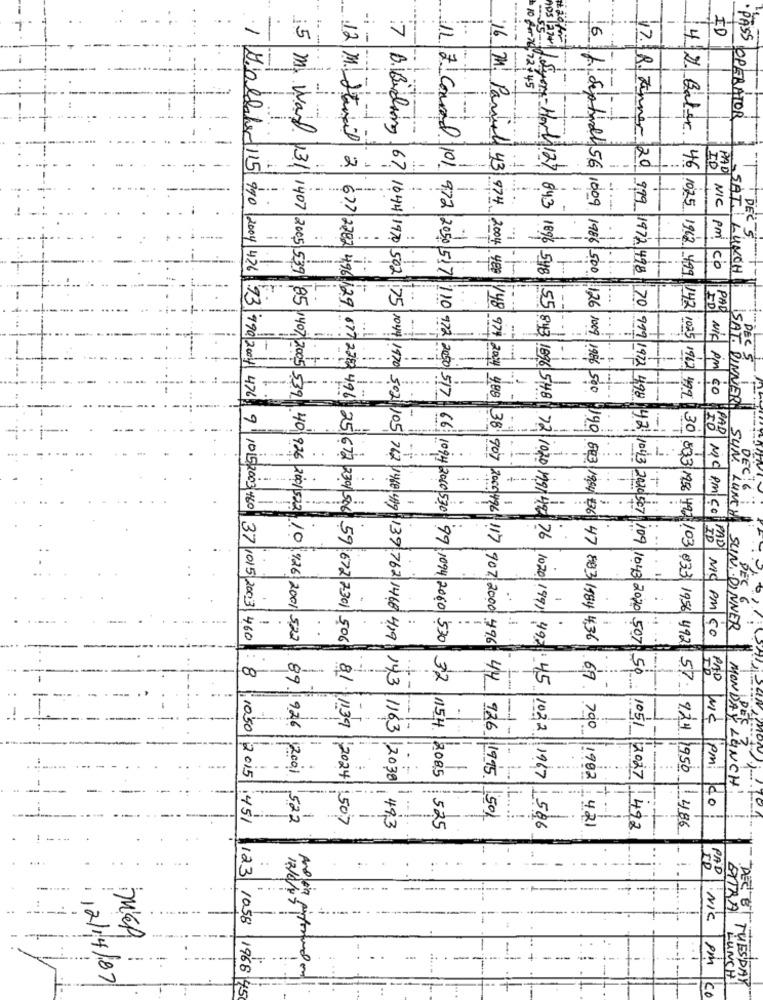
1
.
ID
-i -
6
10 for 70, 72:45
Syer
16 MM. Par
·PASS OPERATOR
4-2 Bater
12 M Itemail
11 7 Conrad
-Hort 127
17.18 Finner 20
46
I'D
PAD
4l 43 974
84.3
1025
-
DEC 5
2004 400
1896 548
Lisepbirdy 56 1009 1986 500
1968 499
NIC Pm CO
SAT. LUNCH
979 1972 498 70
PA
126
142
ED
1009
..
/48 974
DECS
NIC PM CO
:5 m. Ward 131 1407 2005 539 85 1407 2005 539
55 843 1896 548
1025 1962 499
SAT. DINNER!
--
IO
PAD
..
EL S
SUN.
-
DECH
30 533 1956
..
LUNCH
MC PMICOLLAR
DEC
49 /03 833 1956
MIC PM CO
SLIN DINNER
1 Bioldaher15 990 2004 426 93 990 2004 476 9 1015. 2003 460 37 1015 2003 460
40 926 2001 502 10 426 2001 522
979 1972 498 42 1043 2020 507 109 1043 2020 507
2. 677 2782 4,96 129 677 2710 496 25 672 239/ 506 59|672 7301 506
-.
8
50
PAD
+ -
101 972 2050 5.7 110 972 2050 517 66: 1094 200 530 99 1094 2060 530 32
492 57
..
-
-
MONDAY
NIC
-
-
924 1950
89 1926 2001
1154 /2085
1
-
KES LUNCH
pmi ko
-
522
38 907 2055 496 117 907 2000 496 44 926 1995 501
11050|2015 :451
81 1:39 2024 507
7 B.Buiding. 67 10:44 1970 502 :75 104 1970 5:02 /05 762 1460 49 139 762 1468 419 143 1163 2030 493
525
72 1020 179 49 76 1020 1991 492 45 1022 1967 1586
1986 500 190 863 1984 $36 47 883 1984 4,36 69 700 1982 421
1051 2027 492
486
PAD
ATTRA
NIC
DEC ET
1
-
Pm
1
LUNCH!
12/1/4/87
123 1058 1968 45
CO
TUESDAY